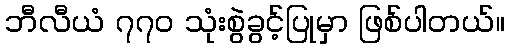
ဘီလီယံ ၇၇၀ သုံးစွဲခွင့်ပြုမှာ ဖြစ်ပါတယ်။